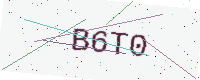
Text: B6T0